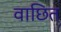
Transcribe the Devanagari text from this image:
वाछित